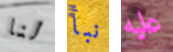
لنا نبأ عليه